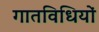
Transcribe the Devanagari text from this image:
गातविधियों